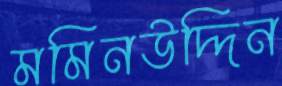
মমিনউদ্দিন